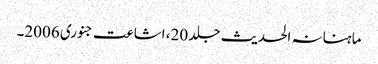
ماہنانہ الحدیث جلد 20، اشاعت جنوری 2006۔